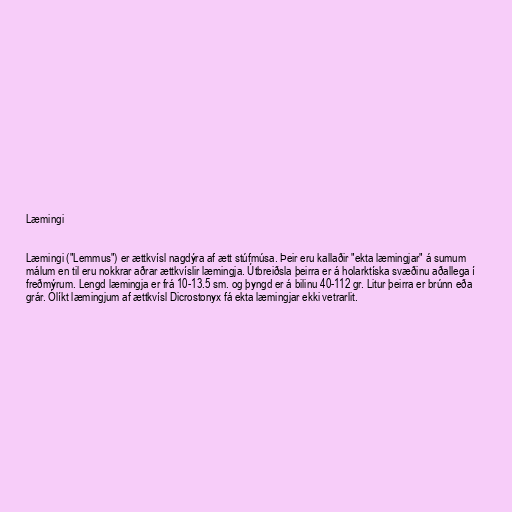
Læmingi

Læmingi ("Lemmus") er ættkvísl nagdýra af ætt stúfmúsa. Þeir eru kallaðir "ekta læmingjar" á sumum
málum en til eru nokkrar aðrar ættkvíslir læmingja. Útbreiðsla þeirra er á holarktíska svæðinu aðallega í
freðmýrum. Lengd læmingja er frá 10-13.5 sm. og þyngd er á bilinu 40-112 gr. Litur þeirra er brúnn eða
grár. Ólíkt læmingjum af ættkvísl Dicrostonyx fá ekta læmingjar ekki vetrarlit.